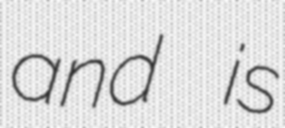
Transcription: and is